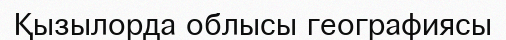
Қызылорда облысы географиясы